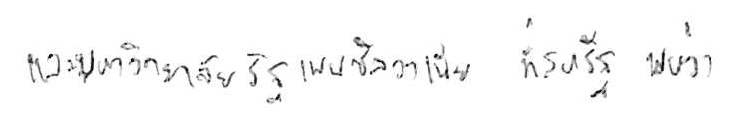
และมหาวิทยาลัยรัฐเพนซิลวาเนีย ที่สหรัฐ พบว่า